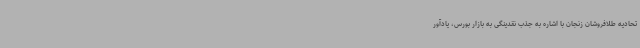
تحادیه طلافروشان زنجان با اشاره به جذب نقدینگی به بازار بورس، یادآور